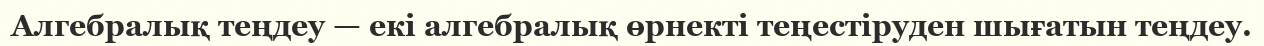
Алгебралық теңдеу — екі алгебралық өрнекті теңестіруден шығатын теңдеу.